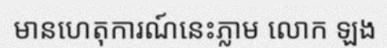
មានហេតុការណ៍នេះភ្លាម លោក ឡង